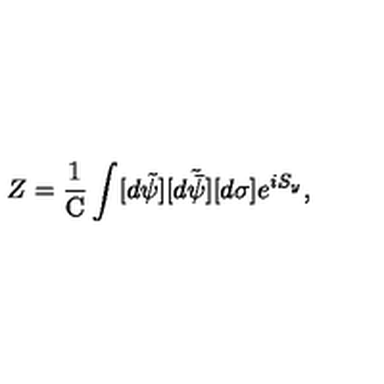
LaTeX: Z = \frac { 1 } { \mathrm { C } } \int [ d \tilde { \psi } ] [ d \tilde { \bar { \psi } } ] [ d \sigma ] e ^ { i S _ { y } } ,